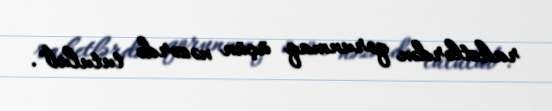
raketlərdən qorunmaq üçün nəzərdə tutulub".